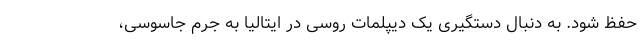
حفظ شود. به دنبال دستگیری یک دیپلمات روسی در ایتالیا به جرم جاسوسی،